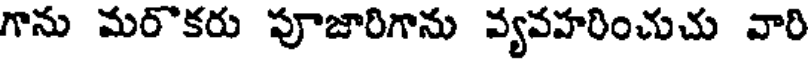
గాను మరొకరు పూజారిగాను వ్యవహరించుచు వారి